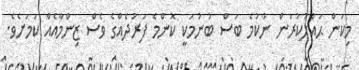
މިކަން ޙައްލުކުރަން ނުކުމެ ބަސް ބުނުމަކީ ކޮންމެ ފަރުދެއްގެ ވެސް ޒިންމާއެއް ކަމަށެވެ.